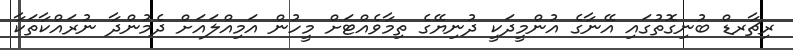
ރިޗާރޑް ބުނިގޮތުގައި އޭނާގެ އުންމީދަކީ ދުނިޔޭގެ ތިމާވެއްޓަށް މީހުން އަމިއްލައަށް ދެމުންދާ ނުރައްކާތަކާ